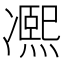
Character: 𠘕